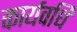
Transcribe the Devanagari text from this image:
कार्यवधि